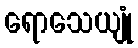
ရောသေယျုံ